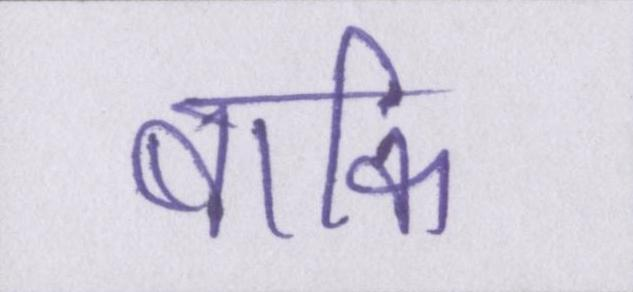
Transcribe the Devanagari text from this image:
बाकि